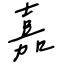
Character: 嘉